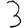
Digit: 3